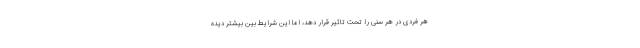
هر فردی در هر سنی را تحت تاثیر قرار دهد، اما این شرایط بین بیشتر دیده